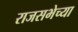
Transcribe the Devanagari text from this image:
राजसभेच्या